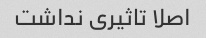
اصلا تاثیری نداشت